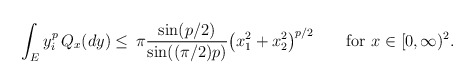
\begin{align*}\begin{aligned}\int_E y_i^p\, Q_x(dy)&\leq\,\pi\frac{\sin(p/2)}{\sin((\pi/2)p)}\big(x_1^2+x_2^2\big)^{p/2}\qquad\mbox{for }x\in[0,\infty)^2.\end{aligned}\end{align*}